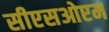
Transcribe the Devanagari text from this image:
सीएसओएम